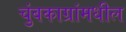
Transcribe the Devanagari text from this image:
चुंबकाग्रांमधील